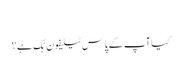
‬
‫کیا آپ کے پاس ٹیلیفون بْک ہے؟